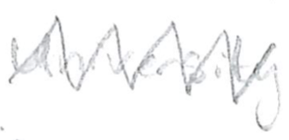
Text: University
Cross-out: zig-zag
Writing tool: pencil